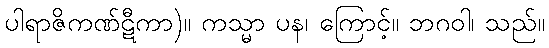
ပါရာဇိကဏ်ဋီကာ)။ ကသ္မာ ပန၊ ကြောင့်။ ဘဂဝါ၊ သည်။